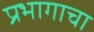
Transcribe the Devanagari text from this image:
प्रभागाचा